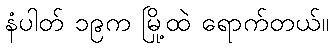
နံပါတ် ၁၉က မြို့ထဲ ရောက်တယ်။